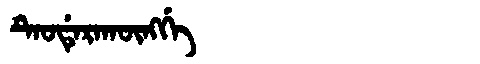
Manchu: ᡨᡝᠣᡩᡝᡵᠠᡴᡡᠩᡤᡝ
Romanization: TEODERAKŪNGGE